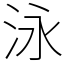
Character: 泳